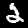
Label: 2